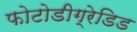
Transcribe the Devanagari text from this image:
फोटोडीग्रेडिड